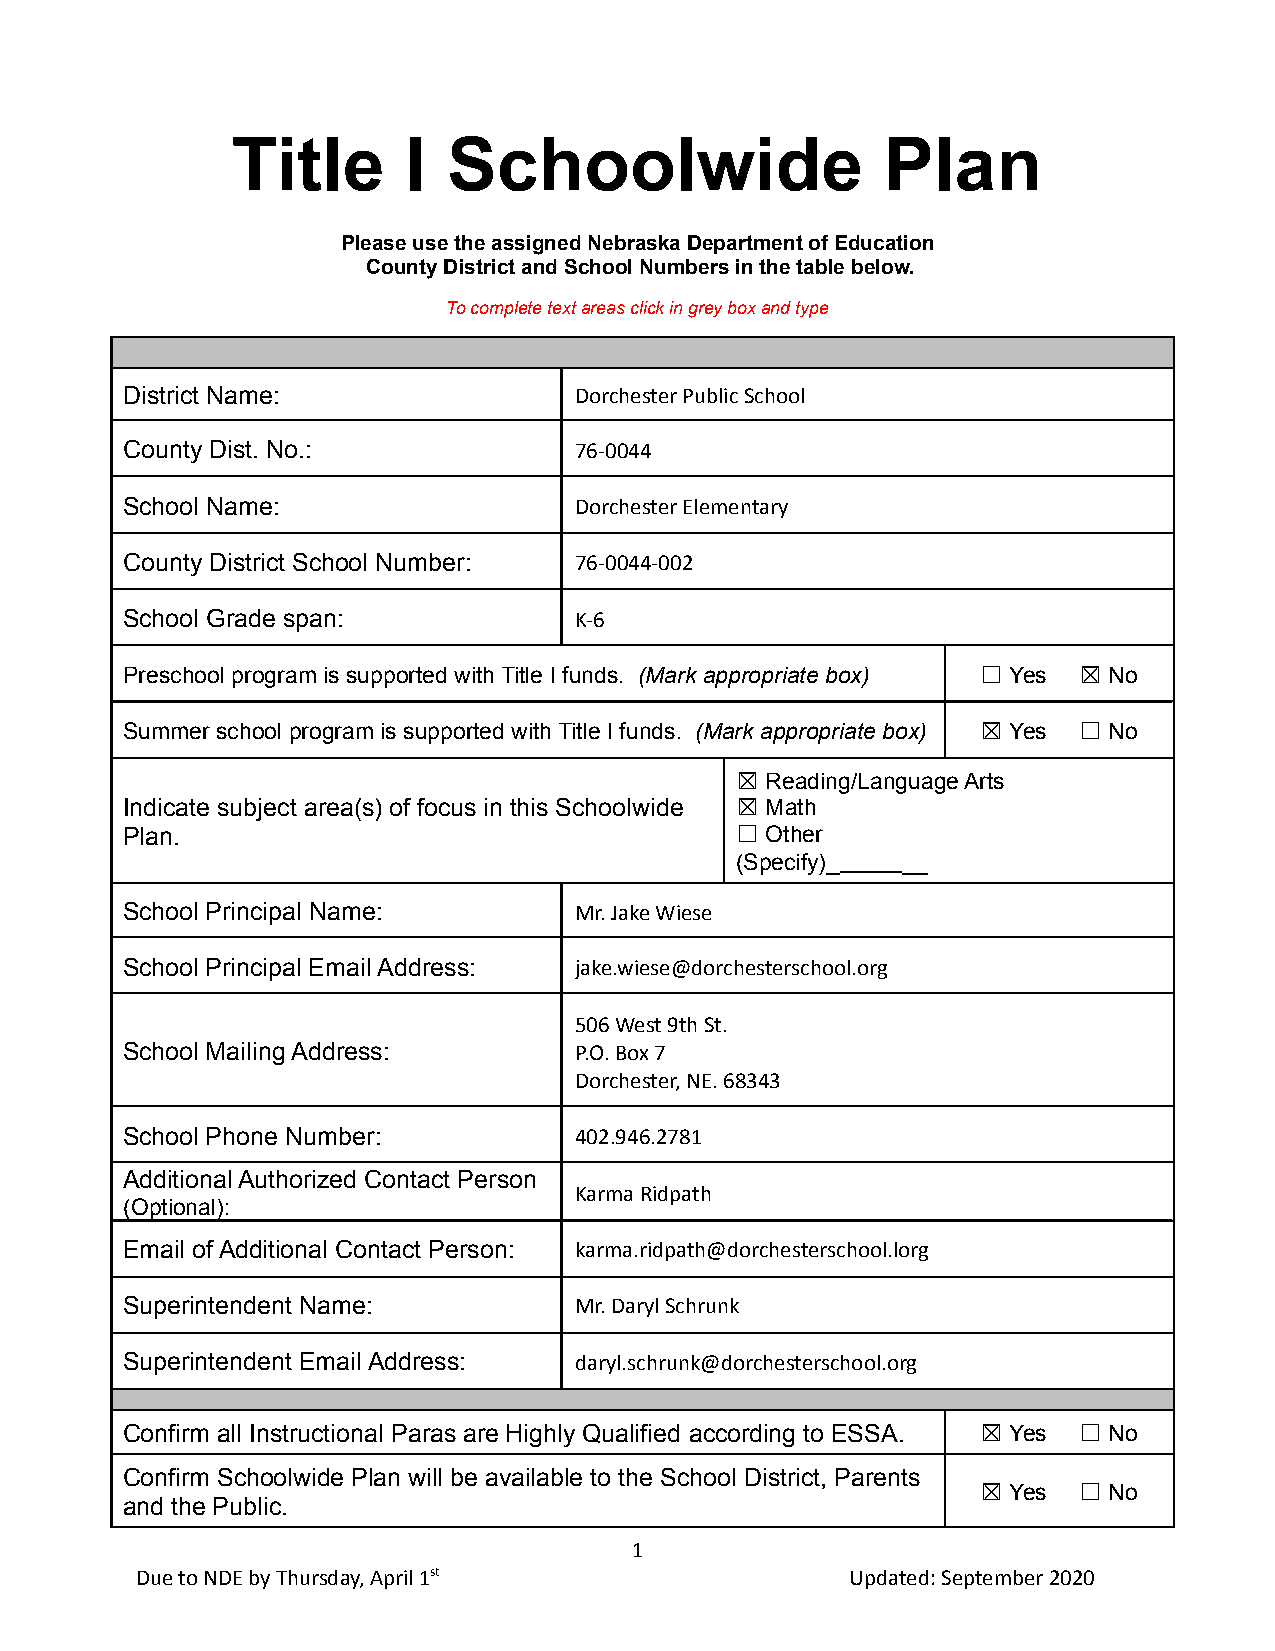
Title       I  Schoolwide                   Plan
 Please use the assigned Nebraska Department of Education
 County District and School Numbers in the table below.
 To complete text areas click in grey box and type
 District Name:                Dorchester Public School
 County Dist. No.:             76-0044
 School Name:                  Dorchester Elementary
 County District School Number: 76-0044-002
 School Grade span:            K-6
 Preschool program is supported with Title I funds. (Mark appropriate box) ☐ Yes ☒ No
 Summer school program is supported with Title I funds. (Mark appropriate box) ☒ Yes ☐ No
 ☒ Reading/Language Arts
 Indicate subject area(s) of focus in this Schoolwide ☒ Math
 Plan.                                    ☐ Other
 (Specify)_ __
 School Principal Name:        Mr. Jake Wiese
 School Principal Email Address: jake.wiese@dorchesterschool.org
 506 West 9th St.
 School Mailing Address:       P.O. Box 7
 Dorchester, NE. 68343
 School Phone Number:          402.946.2781
 Additional Authorized Contact Person
 Karma Ridpath
 (Optional):
 Email of Additional Contact Person: karma.ridpath@dorchesterschool.lorg
 Superintendent Name:          Mr. Daryl Schrunk
 Superintendent Email Address: daryl.schrunk@dorchesterschool.org
 Confirm all Instructional Paras are Highly Qualified according to ESSA. ☒ Yes ☐ No
 Confirm Schoolwide Plan will be available to the School District, Parents
 ☒ Yes ☐ No
 and the Public.
 1
 Due to NDE by Thursday, April 1st              Updated: September2020